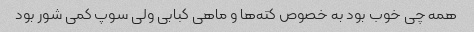
همه چی خوب بود به خصوص کته‌ها و ماهی کبابی ولی سوپ کمی شور بود